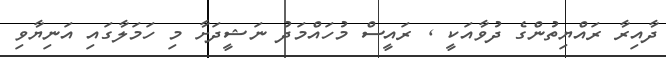
ދާއިރާ ރައްޔިތުންގެ ދުވާއަކީ